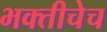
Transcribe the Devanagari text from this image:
भक्तीचेच